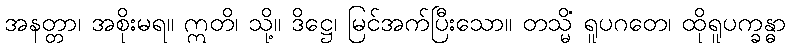
အနတ္တာ၊ အစိုးမရ။ ဣတိ၊ သို့။ ဒိဋ္ဌေ၊ မြင်အက်ပြီးသော။ တသ္မိံ ရူပဂတေ၊ ထိုရူပက္ခန္ဓာ